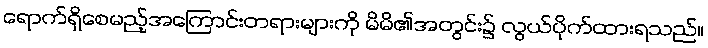
ရောက်ရှိစေမည့်အကြောင်းတရားများကို မိမိ၏အတွင်း၌ လွယ်ပိုက်ထားရသည်။